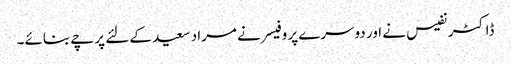
ڈاکٹر نفیس نے اور دوسرے پروفیسر نے مراد سعید کے لئے پرچے بنائے۔